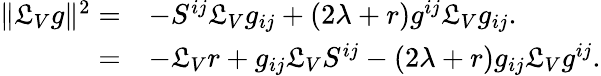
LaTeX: \begin{array}{rl}{\Vert\mathfrak{L}_{V}g\Vert^{2}=}&{-S^{ij}\mathfrak{L}_{V}g_{ij}+(2\lambda+r)g^{ij}\mathfrak{L}_{V}g_{ij}.}\\ {=}&{-\mathfrak{L}_{V}r+g_{ij}\mathfrak{L}_{V}S^{ij}-(2\lambda+r)g_{ij}\mathfrak{L}_{V}g^{ij}.}\end{array}